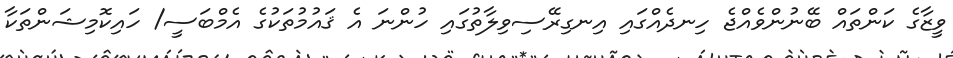
ވީޒާގެ ކަންތައް ބޭނުންވެއްޖެ ހިނދެއްގައި އިނގިރޭސިވިލާތުގައި ހުންނަ އެ ޤައުމުތަކުގެ އެމްބަސީ/ ހައިކޮމިޝަންތަކާ